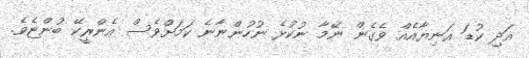
އަދި ކުޑަ އަނިޔާއެއް ވެގެން ނޭމާ ނުކުޅެ ނުހުންނާނެ ކަމަށްވެސް އެންރީކޭ ބުންޏެވެ.